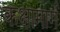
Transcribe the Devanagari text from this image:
कक्षामार्ग